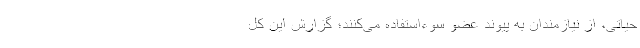
حیاتی، از نیازمندان به پیوند عضو سوءاستفاده می‌کنند؛ گزارش این کل